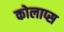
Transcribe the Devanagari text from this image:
कोलाप्स